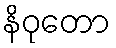
နိဝုတော